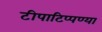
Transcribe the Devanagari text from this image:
टीपाटिप्पण्या